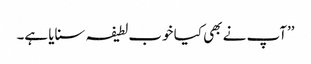
’’آپ نے بھی کیا خوب لطیفہ سنایا ہے۔